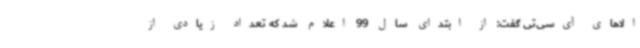
الاهای آی‌سی‌تی گفت: از ابتدای سال 99 اعلام شد که تعداد زیادی از